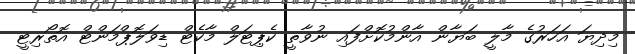
މިދިޔަ އަހަރުގެ މާލީ ބަޔާން އާންމުކޮށްފައި ނުވާތީ ކެޕިޓަލް މާކެޓް ޑިވަލޮޕްމަންޓް އޮތޯރިޓީ